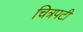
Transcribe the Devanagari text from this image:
चित्रपटी